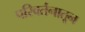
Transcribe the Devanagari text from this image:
परिवर्तनातून